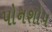
પોનશોપ